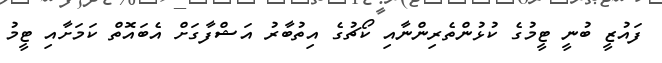
ފައުޒީ ބުނީ ޓީމުގެ ކުޅުންތެރިންނާއި ކޯޗުގެ އިތުބާރު އަޝްފާގަށް އެބައޮތް ކަމަށާއި ޓީމު